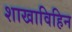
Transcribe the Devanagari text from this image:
शाखाविहिन